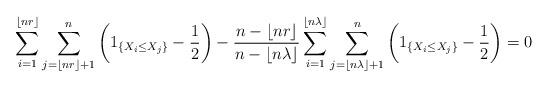
LaTeX: \begin{align*}\sum\limits_{i=1}^{\lfloor nr\rfloor}\sum\limits_{j=\lfloor nr\rfloor+1}^n\left(1_{\{X_i\leq X_j\}}-\frac{1}{2}\right)-\frac{n-\lfloor nr\rfloor}{n-\lfloor n\lambda\rfloor}\sum\limits_{i=1}^{\lfloor n\lambda\rfloor}\sum\limits_{j=\lfloor n\lambda\rfloor+1}^n\left(1_{\{X_i\leq X_j\}}-\frac{1}{2}\right)=0\end{align*}